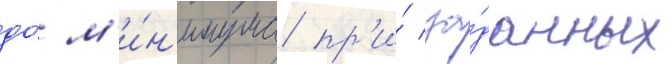
до́ м'и́н'имума пр'и́ за́данных